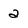
Character: 2